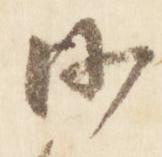
沙